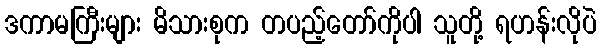
ဒကာမကြီးများ မိသားစုက တပည့်တော်ကိုပါ သူတို့ ရဟန်းလိုပဲ